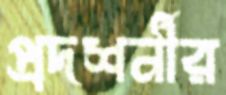
প্রদশর্নীর